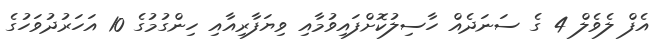
އެފް ލެވެލް 4 ގެ ސަނަދެއް ހާސިލުކޮށްފައިވުމާއި ވިޔަފާރިއާއި ހިންގުމުގެ 10 އަހަރުދުވަހުގެ